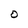
Character: O